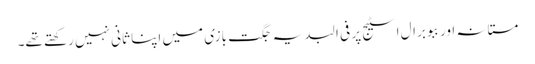
مستانہ اور ببو برال اسٹیج پر فی البدیہ جگت بازی میں اپنا ثانی نہیں رکھتے تھے۔